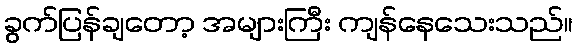
ခွက်ပြန်ချတော့ အများကြီး ကျန်နေသေးသည်။